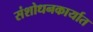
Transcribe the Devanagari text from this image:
संशोधनकार्यात